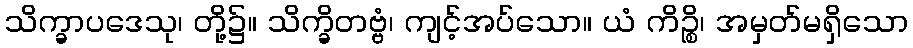
သိက္ခာပဒေသု၊ တို့၌။ သိက္ခိတဗ္ဗံ၊ ကျင့်အပ်သော။ ယံ ကိဉ္စိ၊ အမှတ်မရှိသော